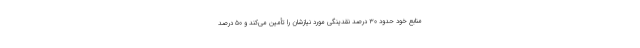
منابع خود حدود ۳۰ درصد نقدینگی مورد نیازشان را تأمین می‌کند و ۵۰ درصد